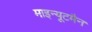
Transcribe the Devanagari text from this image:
माइन्यूटमैन